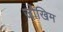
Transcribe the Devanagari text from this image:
जोखिम